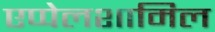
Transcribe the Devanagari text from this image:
एप्पेलशामिल